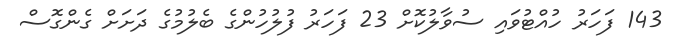
143 ފަހަރު ހުއްޓުވައި ސުވާލުކޮށް 23 ފަހަރު ފުލުހުންގެ ބެލުމުގެ ދަށަށް ގެންގޮސް